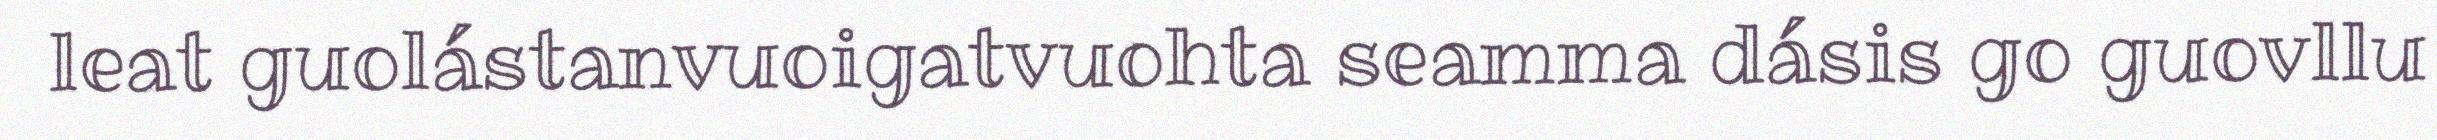
leat guolástanvuoigatvuohta seamma dásis go guovllu